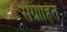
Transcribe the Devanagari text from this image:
संग्रीहित